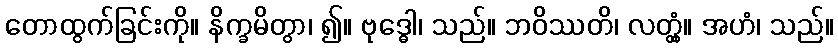
တောထွက်ခြင်းကို။ နိက္ခမိတွာ၊ ၍။ ဗုဒ္ဓေါ၊ သည်။ ဘဝိဿတိ၊ လတ္တံ့။ အဟံ၊ သည်။